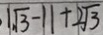
1 \sqrt { 3 } - 1 1 + 2 \sqrt { 3 }